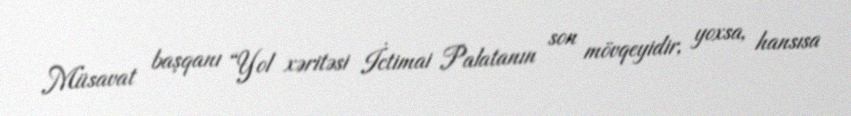
Müsavat başqanı “Yol xəritəsi İctimai Palatanın son mövqeyidir, yoxsa, hansısa